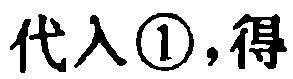
代入\textcircled{1},得